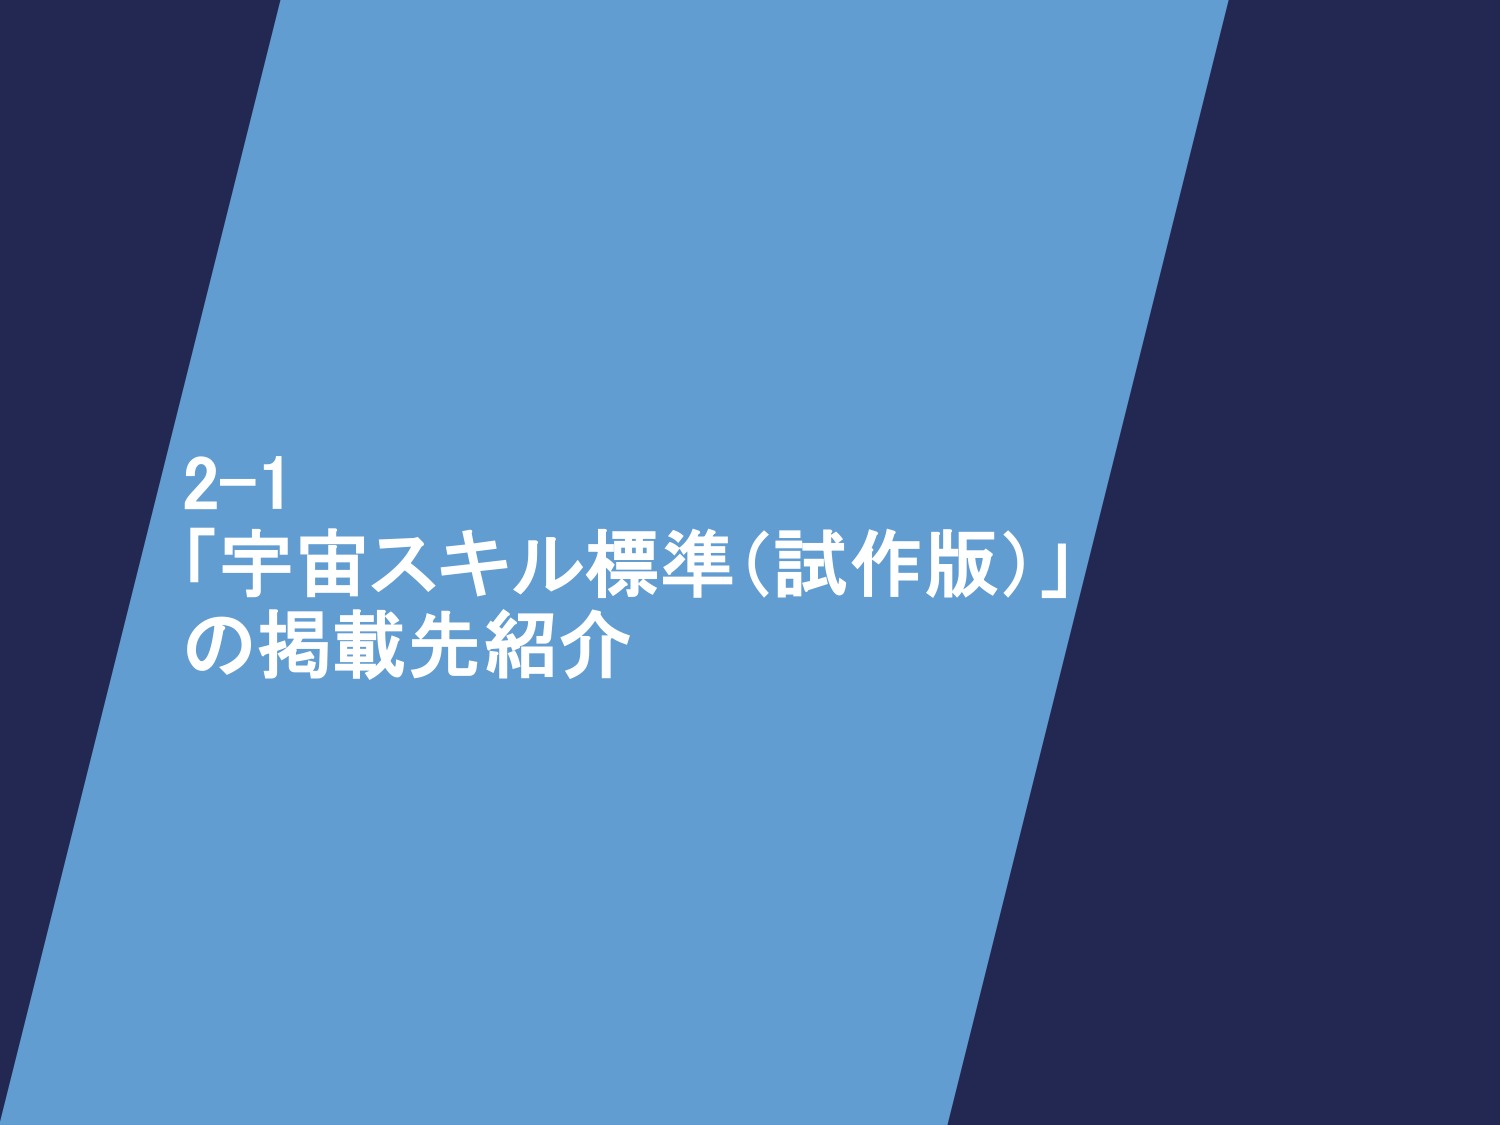
2-1
「宇宙スキル標準（試作版）」
の掲載先紹介